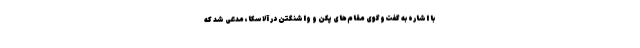
با اشاره به گفت‌وگوی مقام‌های پکن و واشنگتن در آلاسکا، مدعی شد که